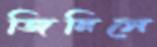
জিনিসে